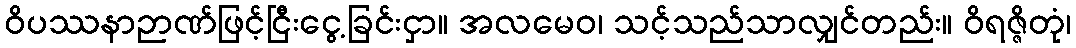
ဝိပဿနာဉာဏ်ဖြင့်ငြီးငွေ့ခြင်းငှာ။ အလမေဝ၊ သင့်သည်သာလျှင်တည်း။ ဝိရဇ္ဇိတုံ၊